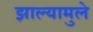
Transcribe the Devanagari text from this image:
झाल्यामुले